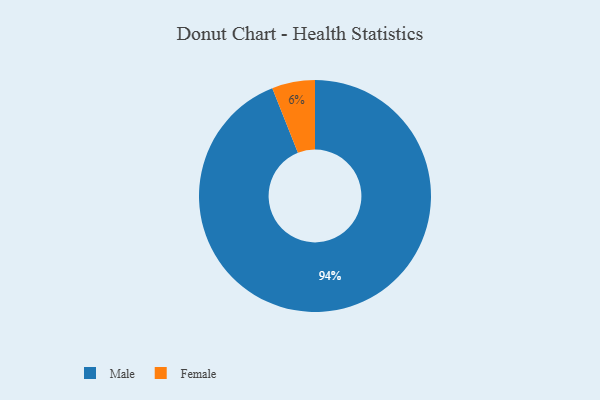
{"axis": {"x": "Category", "y": "Percentage"}, "legend": ["Female", "Male"], "data": [{"x": "Female", "y": 6, "type": "Female"}, {"x": "Male", "y": 94, "type": "Male"}]}